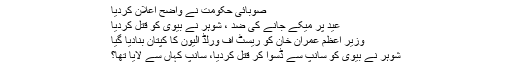
صوبائی حکومت نے واضح اعلان کردیا
عید پر میکے جانے کی ضد ، شوہر نے بیوی کو قتل کردیا
وزیر اعظم عمران خان کو ریسٹ آف ورلڈ الیون کا کپتان بنادیا گیا
شوہر نے بیوی کو سانپ سے ڈسوا کر قتل کردیا، سانپ کہاں سے لایا تھا؟